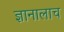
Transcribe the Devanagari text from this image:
ज्ञानालाच